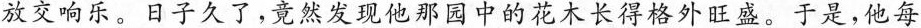
放交响乐。日子久了，竟然发现他那园中的花木长得格外旺盛。于是，他每